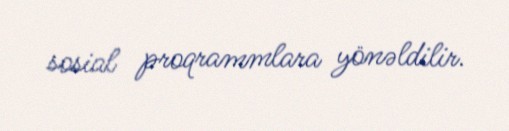
sosial proqrammlara yönəldilir.